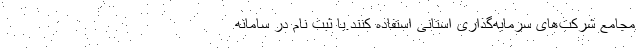
مجامع شرکت‌های سرمایه‌گذاری استانی استفاده کنند.با ثبت نام در سامانه